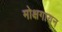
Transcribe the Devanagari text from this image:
मोक्षगायन